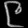
Digit: ၉